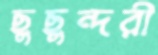
ছুছুন্দরী